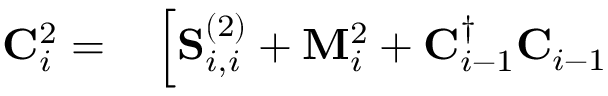
\begin{array} { r l } { \mathbf { C } _ { i } ^ { 2 } = } & { { } \left[ \mathbf { S } _ { i , i } ^ { ( 2 ) } + \mathbf { M } _ { i } ^ { 2 } + \mathbf { C } _ { i - 1 } ^ { \dagger } \mathbf { C } _ { i - 1 } \right. } \end{array}